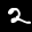
Label: 2